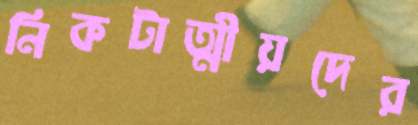
নিকটাত্মীয়দের